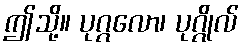
ဤသို့။ ပုဂ္ဂလော၊ ပုဂ္ဂိုလ်